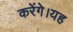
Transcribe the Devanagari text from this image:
करेंगे।यह